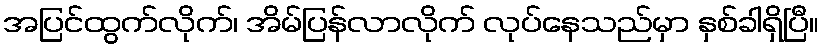
အပြင်ထွက်လိုက်၊ အိမ်ပြန်လာလိုက် လုပ်နေသည်မှာ နှစ်ခါရှိပြီ။